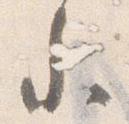
参